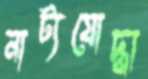
নাট্যযোদ্ধা